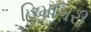
હિમગિરી